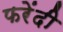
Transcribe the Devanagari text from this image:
फरेंदी